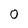
Character: 0